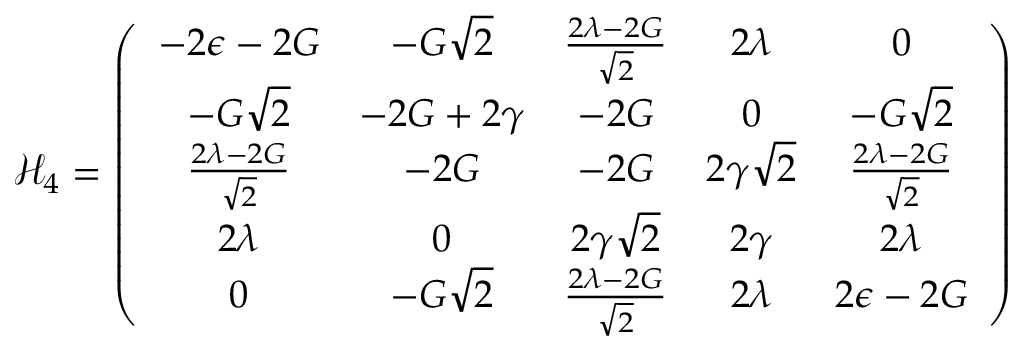
\mathcal { H } _ { 4 } = \left( \begin{array} { c c c c c } { - 2 \epsilon - 2 G } & { - G \sqrt { 2 } } & { \frac { 2 \lambda - 2 G } { \sqrt { 2 } } } & { 2 \lambda } & { 0 } \\ { - G \sqrt { 2 } } & { - 2 G + 2 \gamma } & { - 2 G } & { 0 } & { - G \sqrt { 2 } } \\ { \frac { 2 \lambda - 2 G } { \sqrt { 2 } } } & { - 2 G } & { - 2 G } & { 2 \gamma \sqrt { 2 } } & { \frac { 2 \lambda - 2 G } { \sqrt { 2 } } } \\ { 2 \lambda } & { 0 } & { 2 \gamma \sqrt { 2 } } & { 2 \gamma } & { 2 \lambda } \\ { 0 } & { - G \sqrt { 2 } } & { \frac { 2 \lambda - 2 G } { \sqrt { 2 } } } & { 2 \lambda } & { 2 \epsilon - 2 G } \end{array} \right)